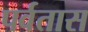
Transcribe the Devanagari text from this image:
पर्वतास